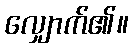
လျှောက်၏။